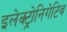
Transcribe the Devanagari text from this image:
इलेक्ट्रोनिगेटिव